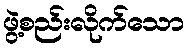
ဖွဲ့စည်းလိုက်သော